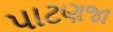
પાટણજા